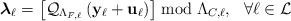
LaTeX: \begin{align*}\boldsymbol{\lambda}_\ell = \left[ \mathcal{Q}_{\Lambda_{F,\ell}} \left( \mathbf{y}_\ell +\mathbf{u}_\ell \right) \right] \bmod \Lambda_{C,\ell}, \ \ \forall \ell \in \mathcal{L}\end{align*}